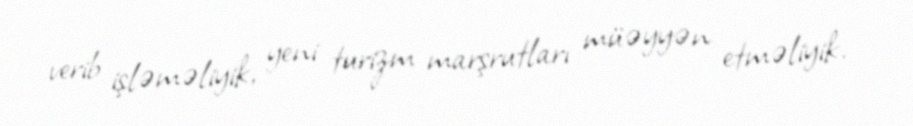
verib işləməliyik, yeni turizm marşrutları müəyyən etməliyik.